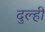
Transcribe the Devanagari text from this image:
दुल्ही